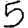
Digit: 5